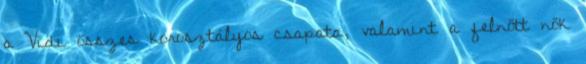
a Vidi összes korosztályos csapata, valamint a felnőtt nők